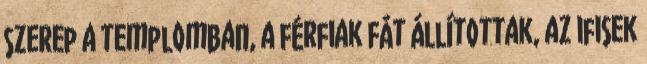
szerep a templomban, a férfiak fát állítottak, az ifisek